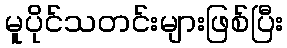
မူပိုင်သတင်းများဖြစ်ပြီး